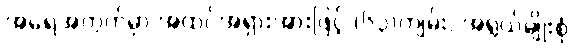
အရေအတွက်မှာ အထင်အရှားအားဖြင့် (၆၃)ကျမ်း, အရွယ်မျိုးစုံ